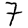
Digit: 7